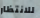
للانتظار